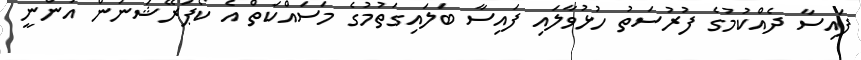
ފައިސާ ދެއްކުމުގެ ފުރުސަތު ހުޅުވާލައި ފައިސާ ބަލައިގަތުމުގެ މަސައްކަތް އެ ކޯޕަރޭޝަނުން އަންނީ